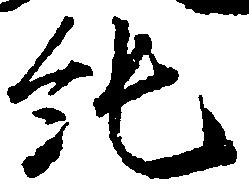
純